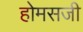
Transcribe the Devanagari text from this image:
होमसजी